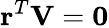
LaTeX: \mathbf{r}^{T}\mathbf{V}=\mathbf{0}